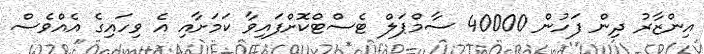
އިންޒާރު ދިން ފަހުން 40000 ސާމްޕަލް ޓެސްޓްކޮށްފައިވާ ކަމަށާއި އެ ވިހައިގެ އެއްވެސް